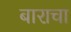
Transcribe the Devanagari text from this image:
बाराचा